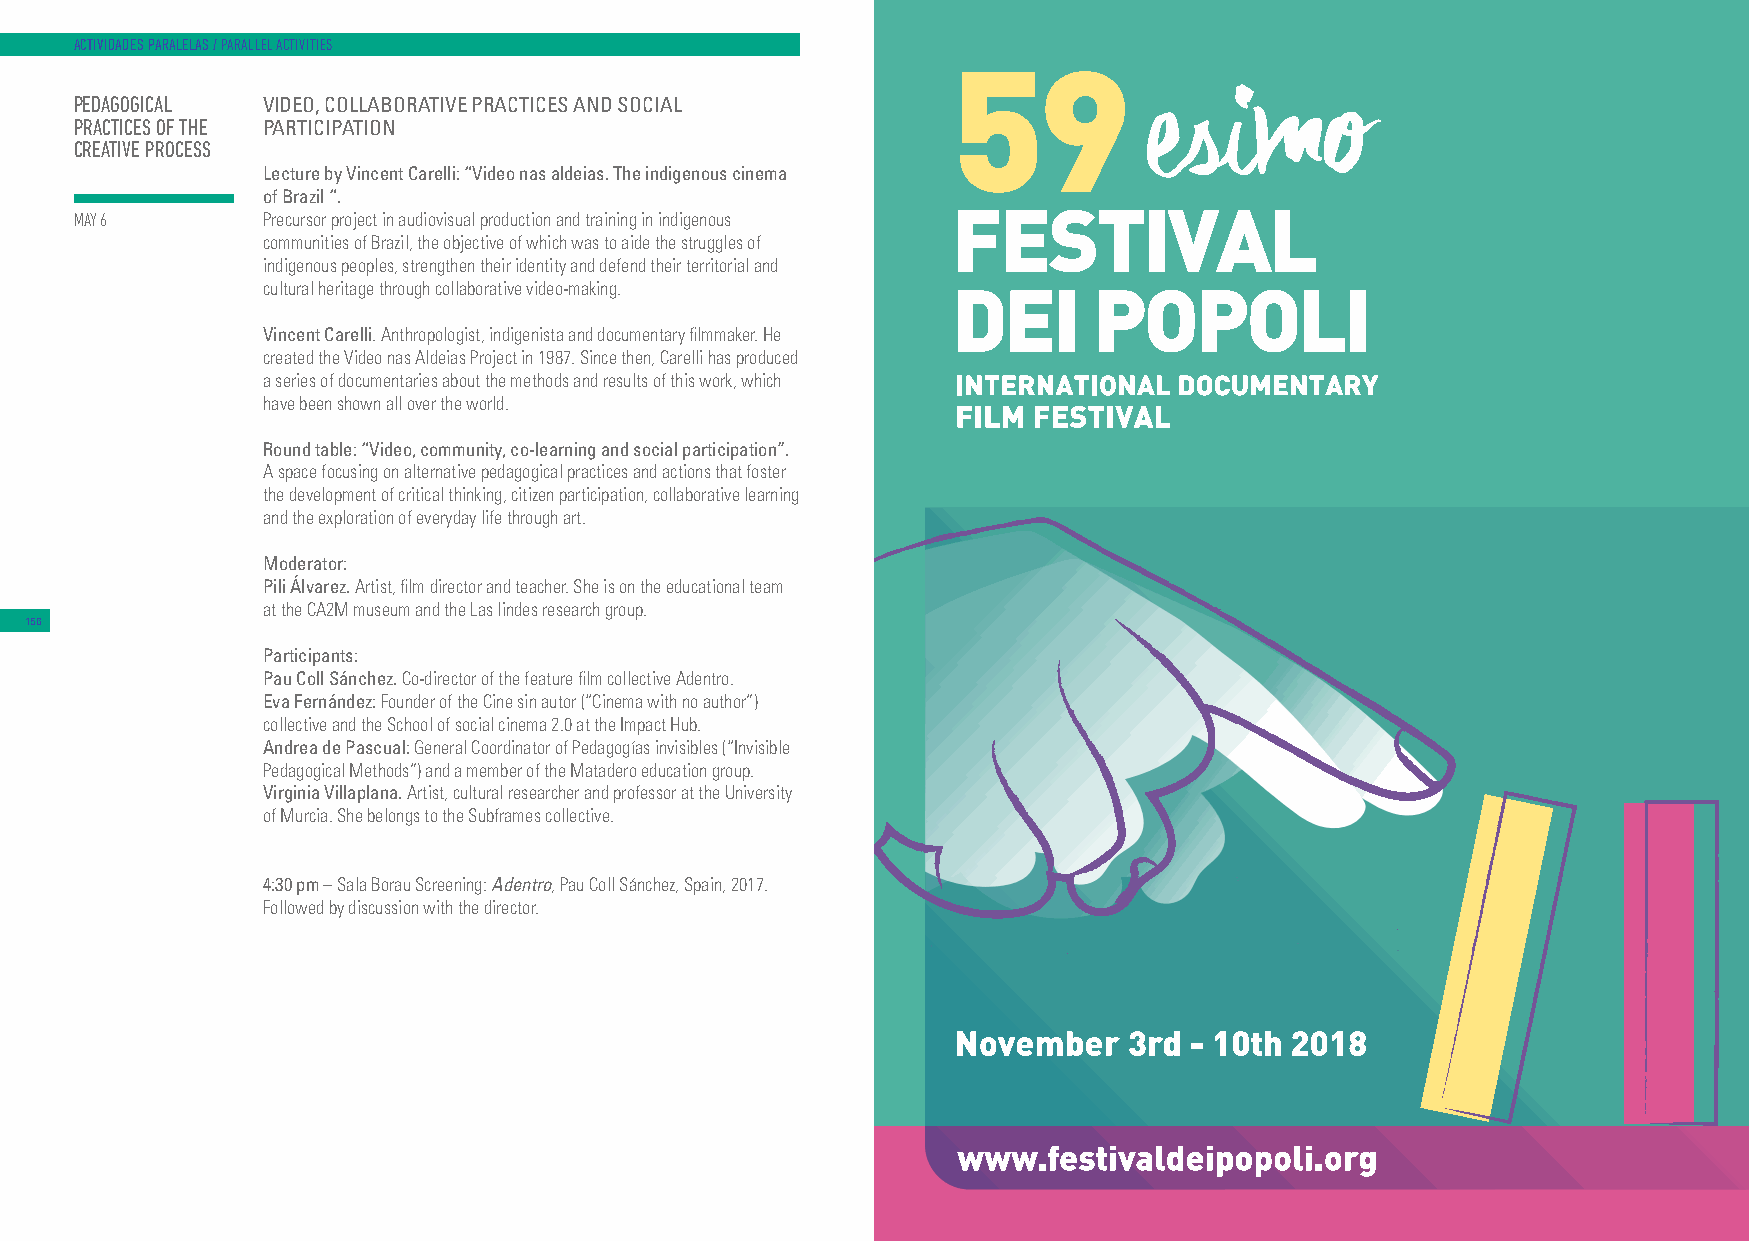
FDP_148x210.pdf 1 26/03/18 19:49
 ACTIVIDADES PARALELAS / PARALLEL ACTIVITIES
 PEDAGOGICAL VIDEO, COLLABORATIVE PRACTICES AND SOCIAL
 PRACTICES OF THE PARTICIPATION
 CREATIVE PROCESS
 Lecture by Vincent Carelli: “Video nas aldeias. The indigenous cinema
 of Brazil “.
 MAY 6       Precursor project in audiovisual production and training in indigenous
 communities of Brazil, the objective of which was to aide the struggles of
 indigenous peoples, strengthen their identity and defend their territorial and
 cultural heritage through collaborative video-making.
 Vincent Carelli. Anthropologist, indigenista and documentary filmmaker. He
 created the Video nas Aldeias Project in 1987. Since then, Carelli has produced
 a series of documentaries about the methods and results of this work, which
 have been shown all over the world.
 Round table: “Video, community, co-learning and social participation”.
 A space focusing on alternative pedagogical practices and actions that foster
 the development of critical thinking, citizen participation, collaborative learning
 and the exploration of everyday life through art.
 Moderator:
 Pili Álvarez. Artist, film director and teacher. She is on the educational team
 at the CA2M museum and the Las lindes research group.
 156
 Participants:
 Pau Coll Sánchez. Co-director of the feature film collective Adentro.
 Eva Fernández: Founder of the Cine sin autor (“Cinema with no author”)
 collective and the School of social cinema 2.0 at the Impact Hub.
 Andrea de Pascual: General Coordinator of Pedagogías invisibles (“Invisible
 Pedagogical Methods”) and a member of the Matadero education group.
 Virginia Villaplana. Artist, cultural researcher and professor at the University
 of Murcia. She belongs to the Subframes collective.
 4:30 pm – Sala Borau Screening: Adentro, Pau Coll Sánchez, Spain, 2017.
 Followed by discussion with the director.